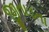
જીતાડતા